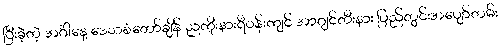
ပြီးခဲ့တဲ့ အင်္ဂါနေ့ ဒေသစံတော်ချိန် ညကိုးနားရီဝန်းကျင် အာဂျင်တီးနား ပြည်တွင်းအပျော်တမ်း